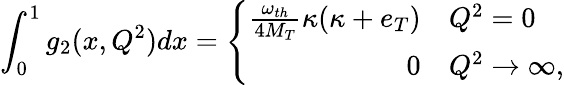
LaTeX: \int_{0}^{1}g_{2}(x,Q^{2})dx=\left\{ \begin{array}{rl}{{\frac{\omega_{th}}{4M_{T}}\kappa(\kappa+e_{T})}}&{{Q^{2}=0}}\\ {{0}}&{{Q^{2}\to\infty,}}\end{array}\right.